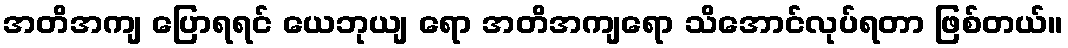
အတိအကျ ပြောရရင် ယေဘုယျ ရော အတိအကျရော သိအောင်လုပ်ရတာ ဖြစ်တယ်။